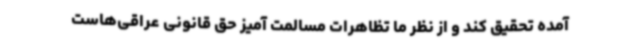
آمده تحقیق کند و از نظر ما تظاهرات مسالمت آمیز حق قانونی عراقی‌هاست